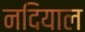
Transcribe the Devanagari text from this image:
नदियाल